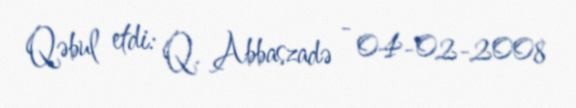
Qəbul etdi: Q. Abbaszadə - 04-02-2008